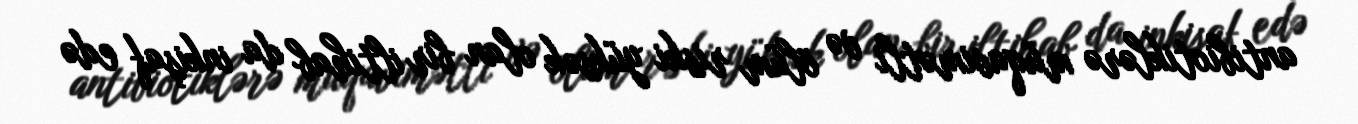
antibiotiklərə müqavimətli və ölüm riski yüksək olan bir iltihab da inkişaf edə